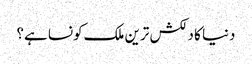
دنیا کا دلکش ترین ملک کونسا ہے؟